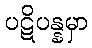
ပဋိပန္နမှာ